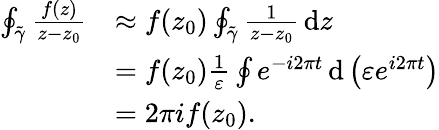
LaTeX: \begin{array}{rl}{\oint_{\tilde{\gamma}}\frac{f(z)}{z-z_{0}}}&{\approx f(z_{0})\oint_{\tilde{\gamma}}\frac{1}{z-z_{0}}\, \mathrm{d}z}\\ &{=f(z_{0})\frac{1}{\varepsilon}\oint e^{-i2\pi t}\, \mathrm{d}\left(\varepsilon e^{i2\pi t}\right)}\\ &{=2\pi if(z_{0}).}\end{array}